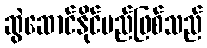
ဆွဲဆောင်နိုင်မည်ဖြစ်သည်